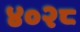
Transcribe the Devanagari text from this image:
४०२८